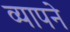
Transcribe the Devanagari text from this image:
व्यापने